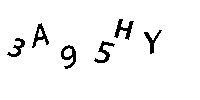
3A95HY